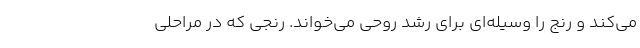
می‌کند و رنج را وسیله‌ای برای رشد روحی می‌خواند. رنجی که در مراحلی